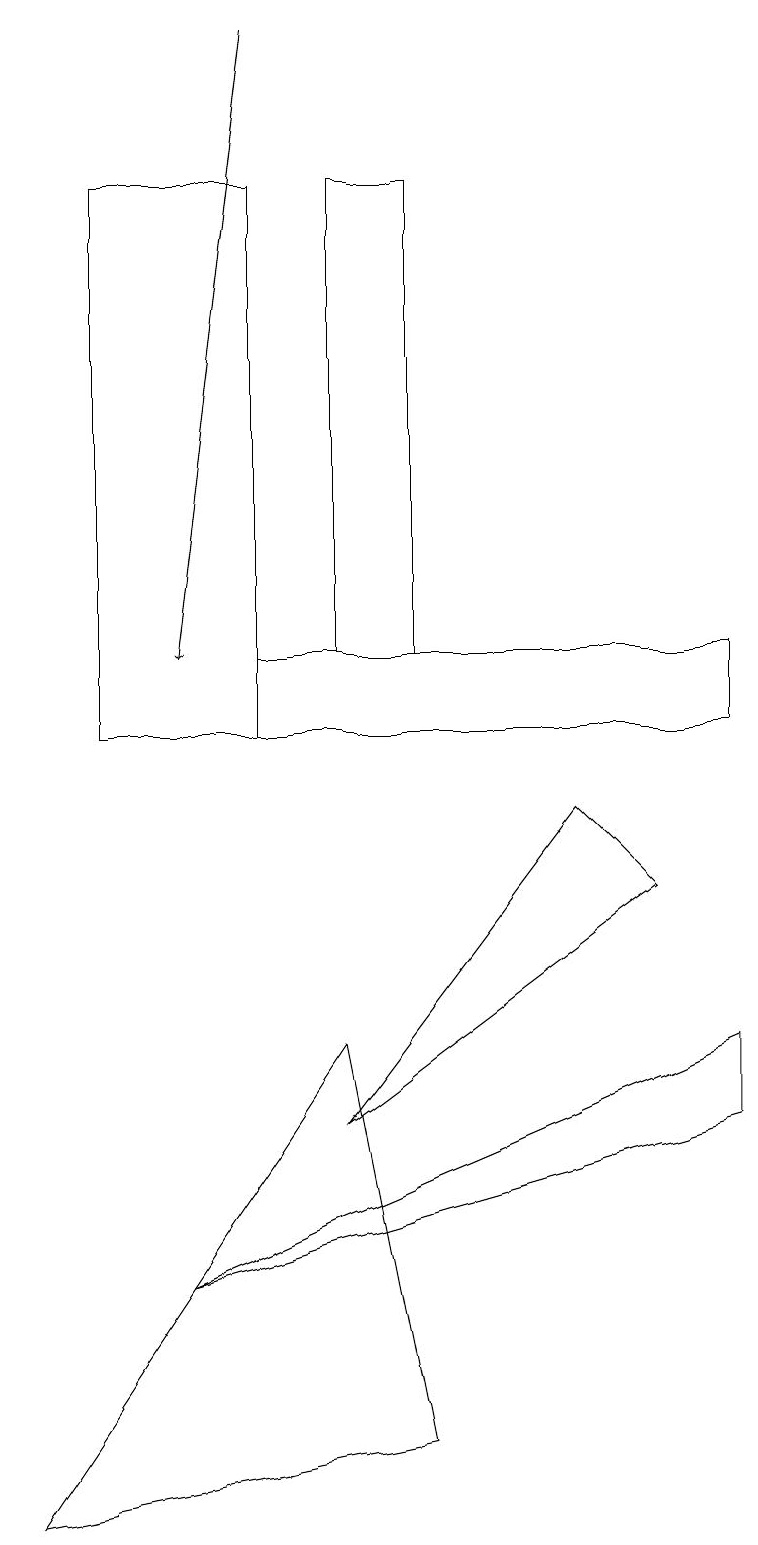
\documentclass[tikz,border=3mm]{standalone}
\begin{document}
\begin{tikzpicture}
\draw[->] (3,19) -- (2,11);
\draw (4,17) rectangle (5,11);
\draw (8,8) -- (4,5) -- (7,9) -- cycle;
\draw (9,5) -- (2,3) -- (9,6) -- cycle;
\draw (1,17) rectangle (3,10);
\draw (4,6) -- (0,0) -- (5,1) -- cycle;
\draw (3,10) rectangle (9,11);
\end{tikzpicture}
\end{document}